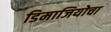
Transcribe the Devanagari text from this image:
डिमाजियोचा